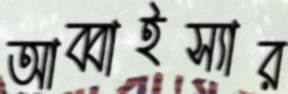
আব্বাইস্যার